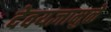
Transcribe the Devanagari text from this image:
देवयज्ञामुळे